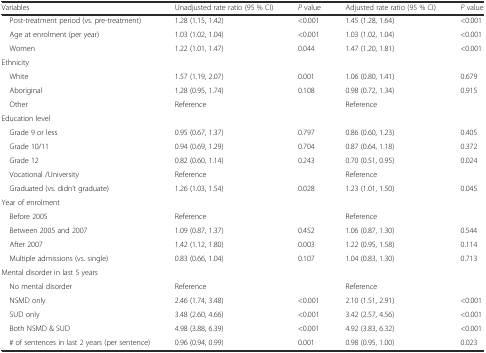
<table><thead><tr><td><b>Variables</b></td><td><b>Unadjusted rate ratio (95 % CI)</b></td><td><b><i>P</i> value</b></td><td><b>Adjusted rate ratio (95 % CI)</b></td><td><b><i>P</i> value</b></td></tr></thead><tbody><tr><td> Post-treatment period (vs. pre-treatment)</td><td>1.28 (1.15, 1.42)</td><td>&lt;0.001</td><td>1.45 (1.28, 1.64)</td><td>&lt;0.001</td></tr><tr><td> Age at enrolment (per year)</td><td>1.03 (1.02, 1.04)</td><td>&lt;0.001</td><td>1.03 (1.02, 1.04)</td><td>&lt;0.001</td></tr><tr><td> Women</td><td>1.22 (1.01, 1.47)</td><td>0.044</td><td>1.47 (1.20, 1.81)</td><td>&lt;0.001</td></tr><tr><td colspan="5">Ethnicity</td></tr><tr><td> White</td><td>1.57 (1.19, 2.07)</td><td>0.001</td><td>1.06 (0.80, 1.41)</td><td>0.679</td></tr><tr><td> Aboriginal</td><td>1.28 (0.95, 1.74)</td><td>0.108</td><td>0.98 (0.72, 1.34)</td><td>0.915</td></tr><tr><td> Other</td><td>Reference</td><td></td><td>Reference</td><td></td></tr><tr><td colspan="5">Education level</td></tr><tr><td> Grade 9 or less</td><td>0.95 (0.67, 1.37)</td><td>0.797</td><td>0.86 (0.60, 1.23)</td><td>0.405</td></tr><tr><td> Grade 10/11</td><td>0.94 (0.69, 1.29)</td><td>0.704</td><td>0.87 (0.64, 1.18)</td><td>0.372</td></tr><tr><td> Grade 12</td><td>0.82 (0.60, 1.14)</td><td>0.243</td><td>0.70 (0.51, 0.95)</td><td>0.024</td></tr><tr><td> Vocational /University</td><td>Reference</td><td></td><td>Reference</td><td></td></tr><tr><td> Graduated (vs. didn’t graduate)</td><td>1.26 (1.03, 1.54)</td><td>0.028</td><td>1.23 (1.01, 1.50)</td><td>0.045</td></tr><tr><td colspan="5">Year of enrolment</td></tr><tr><td> Before 2005</td><td>Reference</td><td></td><td>Reference</td><td></td></tr><tr><td> Between 2005 and 2007</td><td>1.09 (0.87, 1.37)</td><td>0.452</td><td>1.06 (0.87, 1.30)</td><td>0.544</td></tr><tr><td> After 2007</td><td>1.42 (1.12, 1.80)</td><td>0.003</td><td>1.22 (0.95, 1.58)</td><td>0.114</td></tr><tr><td> Multiple admissions (vs. single)</td><td>0.83 (0.66, 1.04)</td><td>0.107</td><td>1.04 (0.83, 1.30)</td><td>0.713</td></tr><tr><td colspan="5">Mental disorder in last 5 years</td></tr><tr><td> No mental disorder</td><td>Reference</td><td></td><td>Reference</td><td></td></tr><tr><td> NSMD only</td><td>2.46 (1.74, 3.48)</td><td>&lt;0.001</td><td>2.10 (1.51, 2.91)</td><td>&lt;0.001</td></tr><tr><td> SUD only</td><td>3.48 (2.60, 4.66)</td><td>&lt;0.001</td><td>3.42 (2.57, 4.56)</td><td>&lt;0.001</td></tr><tr><td> Both NSMD &amp; SUD</td><td>4.98 (3.88, 6.39)</td><td>&lt;0.001</td><td>4.92 (3.83, 6.32)</td><td>&lt;0.001</td></tr><tr><td> # of sentences in last 2 years (per sentence)</td><td>0.96 (0.94, 0.99)</td><td>0.001</td><td>0.98 (0.95, 1.00)</td><td>0.023</td></tr></tbody></table>